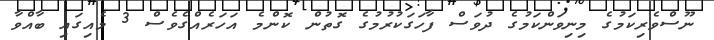
ނޫސްވެރިކަމުގެ މިނިވަންކަމުގެ ދުވަސް ފާހަގަކުރުމުގެ ގޮތުން ކޮންމެ އަހަަރެއްގެވެސް 3 މެއިގައި ބާއްވާ